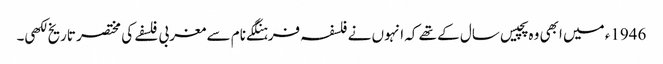
1946ء میں ابھی وہ پچیس سال کے تھے کہ انہوں نے فلسفہ فرہنگکے نام سے مغربی فلسفے کی مختصر تاریخ لکھی۔